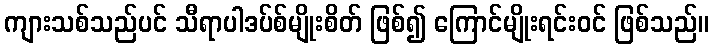
ကျားသစ်သည်ပင် သီရာပါဒပ်စ်မျိုးစိတ် ဖြစ်၍ ကြောင်မျိုးရင်းဝင် ဖြစ်သည်။